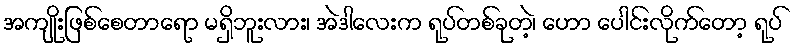
အကျိုးဖြစ်စေတာရော မရှိဘူးလား၊ အဲဒါလေးက ရုပ်တစ်ခုတဲ့၊ ဟော ပေါင်းလိုက်တော့ ရုပ်